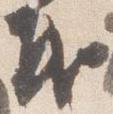
義